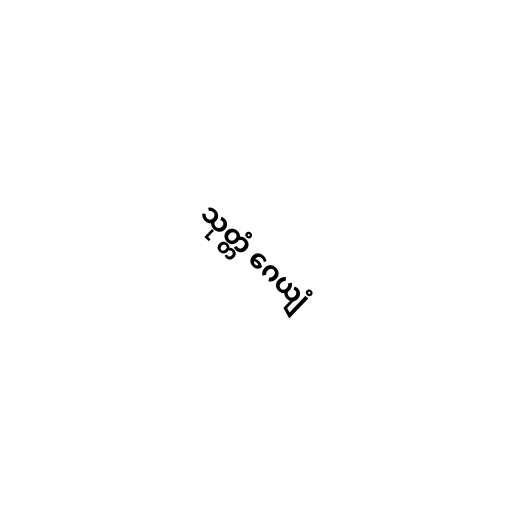
သုတ္တံ ဂေယျံ